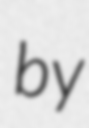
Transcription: by